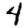
Digit: 4